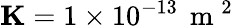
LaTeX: \mathbf{K}=1\times 10^{-13}\, \mathrm{~m~}^{2}